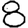
Digit: 8